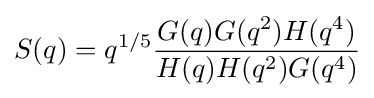
S(q)=q^{1/5}{\frac {G(q)G(q^{2})H(q^{4})}{H(q)H(q^{2})G(q^{4})}}